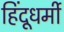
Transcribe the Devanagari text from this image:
हिंदूधर्मी